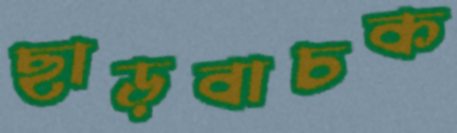
ছাড়বাচক